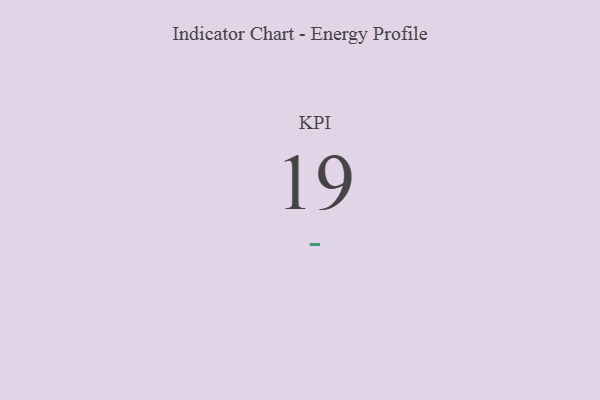
{"axis": {"x": "KPI", "y": "Value"}, "legend": [""], "data": [{"x": "KPI", "y": 19, "type": ""}]}